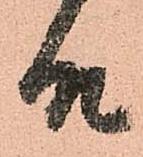
殿